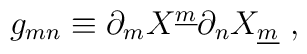
g_{mn} \equiv\partial_m X^{\underline{m}} \partial_n X_{\underline{m}}~,